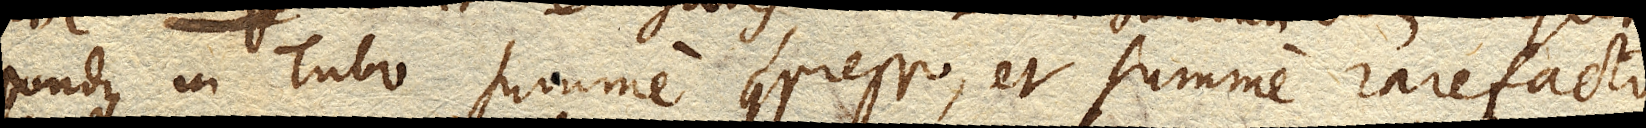
pondus in Tubo summe compresso, et summe rarefacto